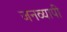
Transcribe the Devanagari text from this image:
जनव्यापी